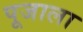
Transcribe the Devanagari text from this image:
पूजाला